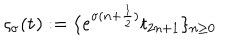
\varsigma _ { \sigma } ( { \bf t } ) : = \{ e ^ { \sigma ( n + \frac { 1 } { 2 } ) } t _ { 2 n + 1 } \} _ { n \geq 0 }